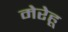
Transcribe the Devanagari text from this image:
मेरेहू